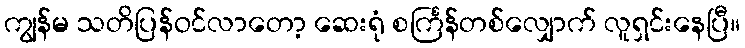
ကျွန်မ သတိပြန်ဝင်လာတော့ ဆေးရုံ စင်္ကြန်တစ်လျှောက် လူရှင်းနေပြီ။